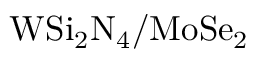
\mathrm { W S i _ { 2 } N _ { 4 } / M o S e _ { 2 } }